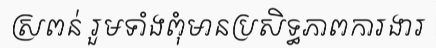
ស្រពន់ រួមទាំងពុំមានប្រសិទ្ធភាពការងារ